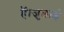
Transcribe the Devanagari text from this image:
हैं।जुलाई